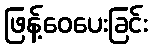
ဖြန့်ဝေပေးခြင်း